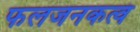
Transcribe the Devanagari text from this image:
फलजनकत्वं